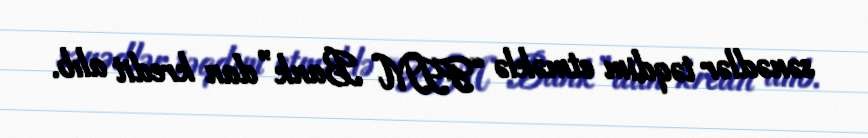
sənədlər təqdim etməklə “FIM Bank”dan kredit alıb.